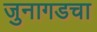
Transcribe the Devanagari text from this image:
जुनागडचा